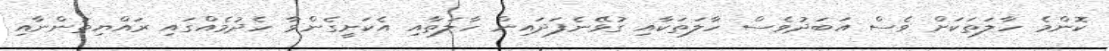
ކޮންމެ ހާލަތަކަށް ވެސް އަބަދުވެސް ހާލަތަކާއި ގުޅޭނެފަދައިން ހާލަތާއި އެކަށީގެންވާ ހެދުމެއްގައި ރައްޔިތުންނާއި